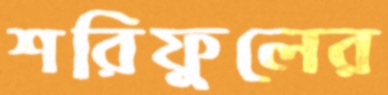
শরিফুলের